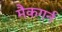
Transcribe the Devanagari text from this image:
मैकगर्न